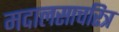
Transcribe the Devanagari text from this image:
मदालसाचरित्र